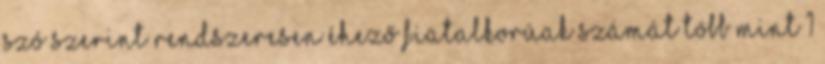
szó szerint rendszeresen éhező fiatalkorúak számát több mint 1